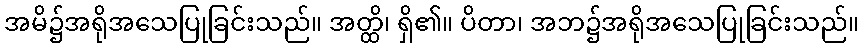
အမိ၌အရိုအသေပြုခြင်းသည်။ အတ္ထိ၊ ရှိ၏။ ပိတာ၊ အဘ၌အရိုအသေပြုခြင်းသည်။